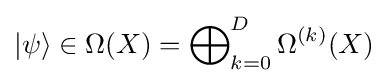
|\psi \rangle \in \Omega (X)=\bigoplus \nolimits _{k=0}^{D}\Omega ^{(k)}(X)